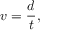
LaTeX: v = { \frac { d } { t } } ,